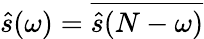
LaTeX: \hat{s}(\omega)=\overline{{\hat{s}(N-\omega)}}